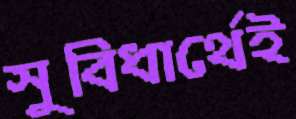
সুবিধার্থেই